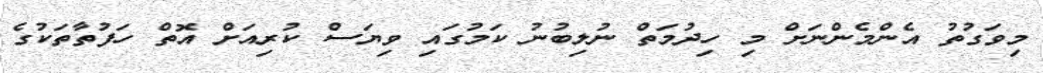
މިވަގުތު އެންމެންނަށް މި ހިދުމަތް ނުލިބުނު ކަމުގައި ވިޔަސް ކުރިއަށް އޮތް ހަފުތާތަކުގެ